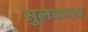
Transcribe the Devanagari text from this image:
सुलकाटा